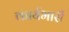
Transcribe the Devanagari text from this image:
कार्यभारी